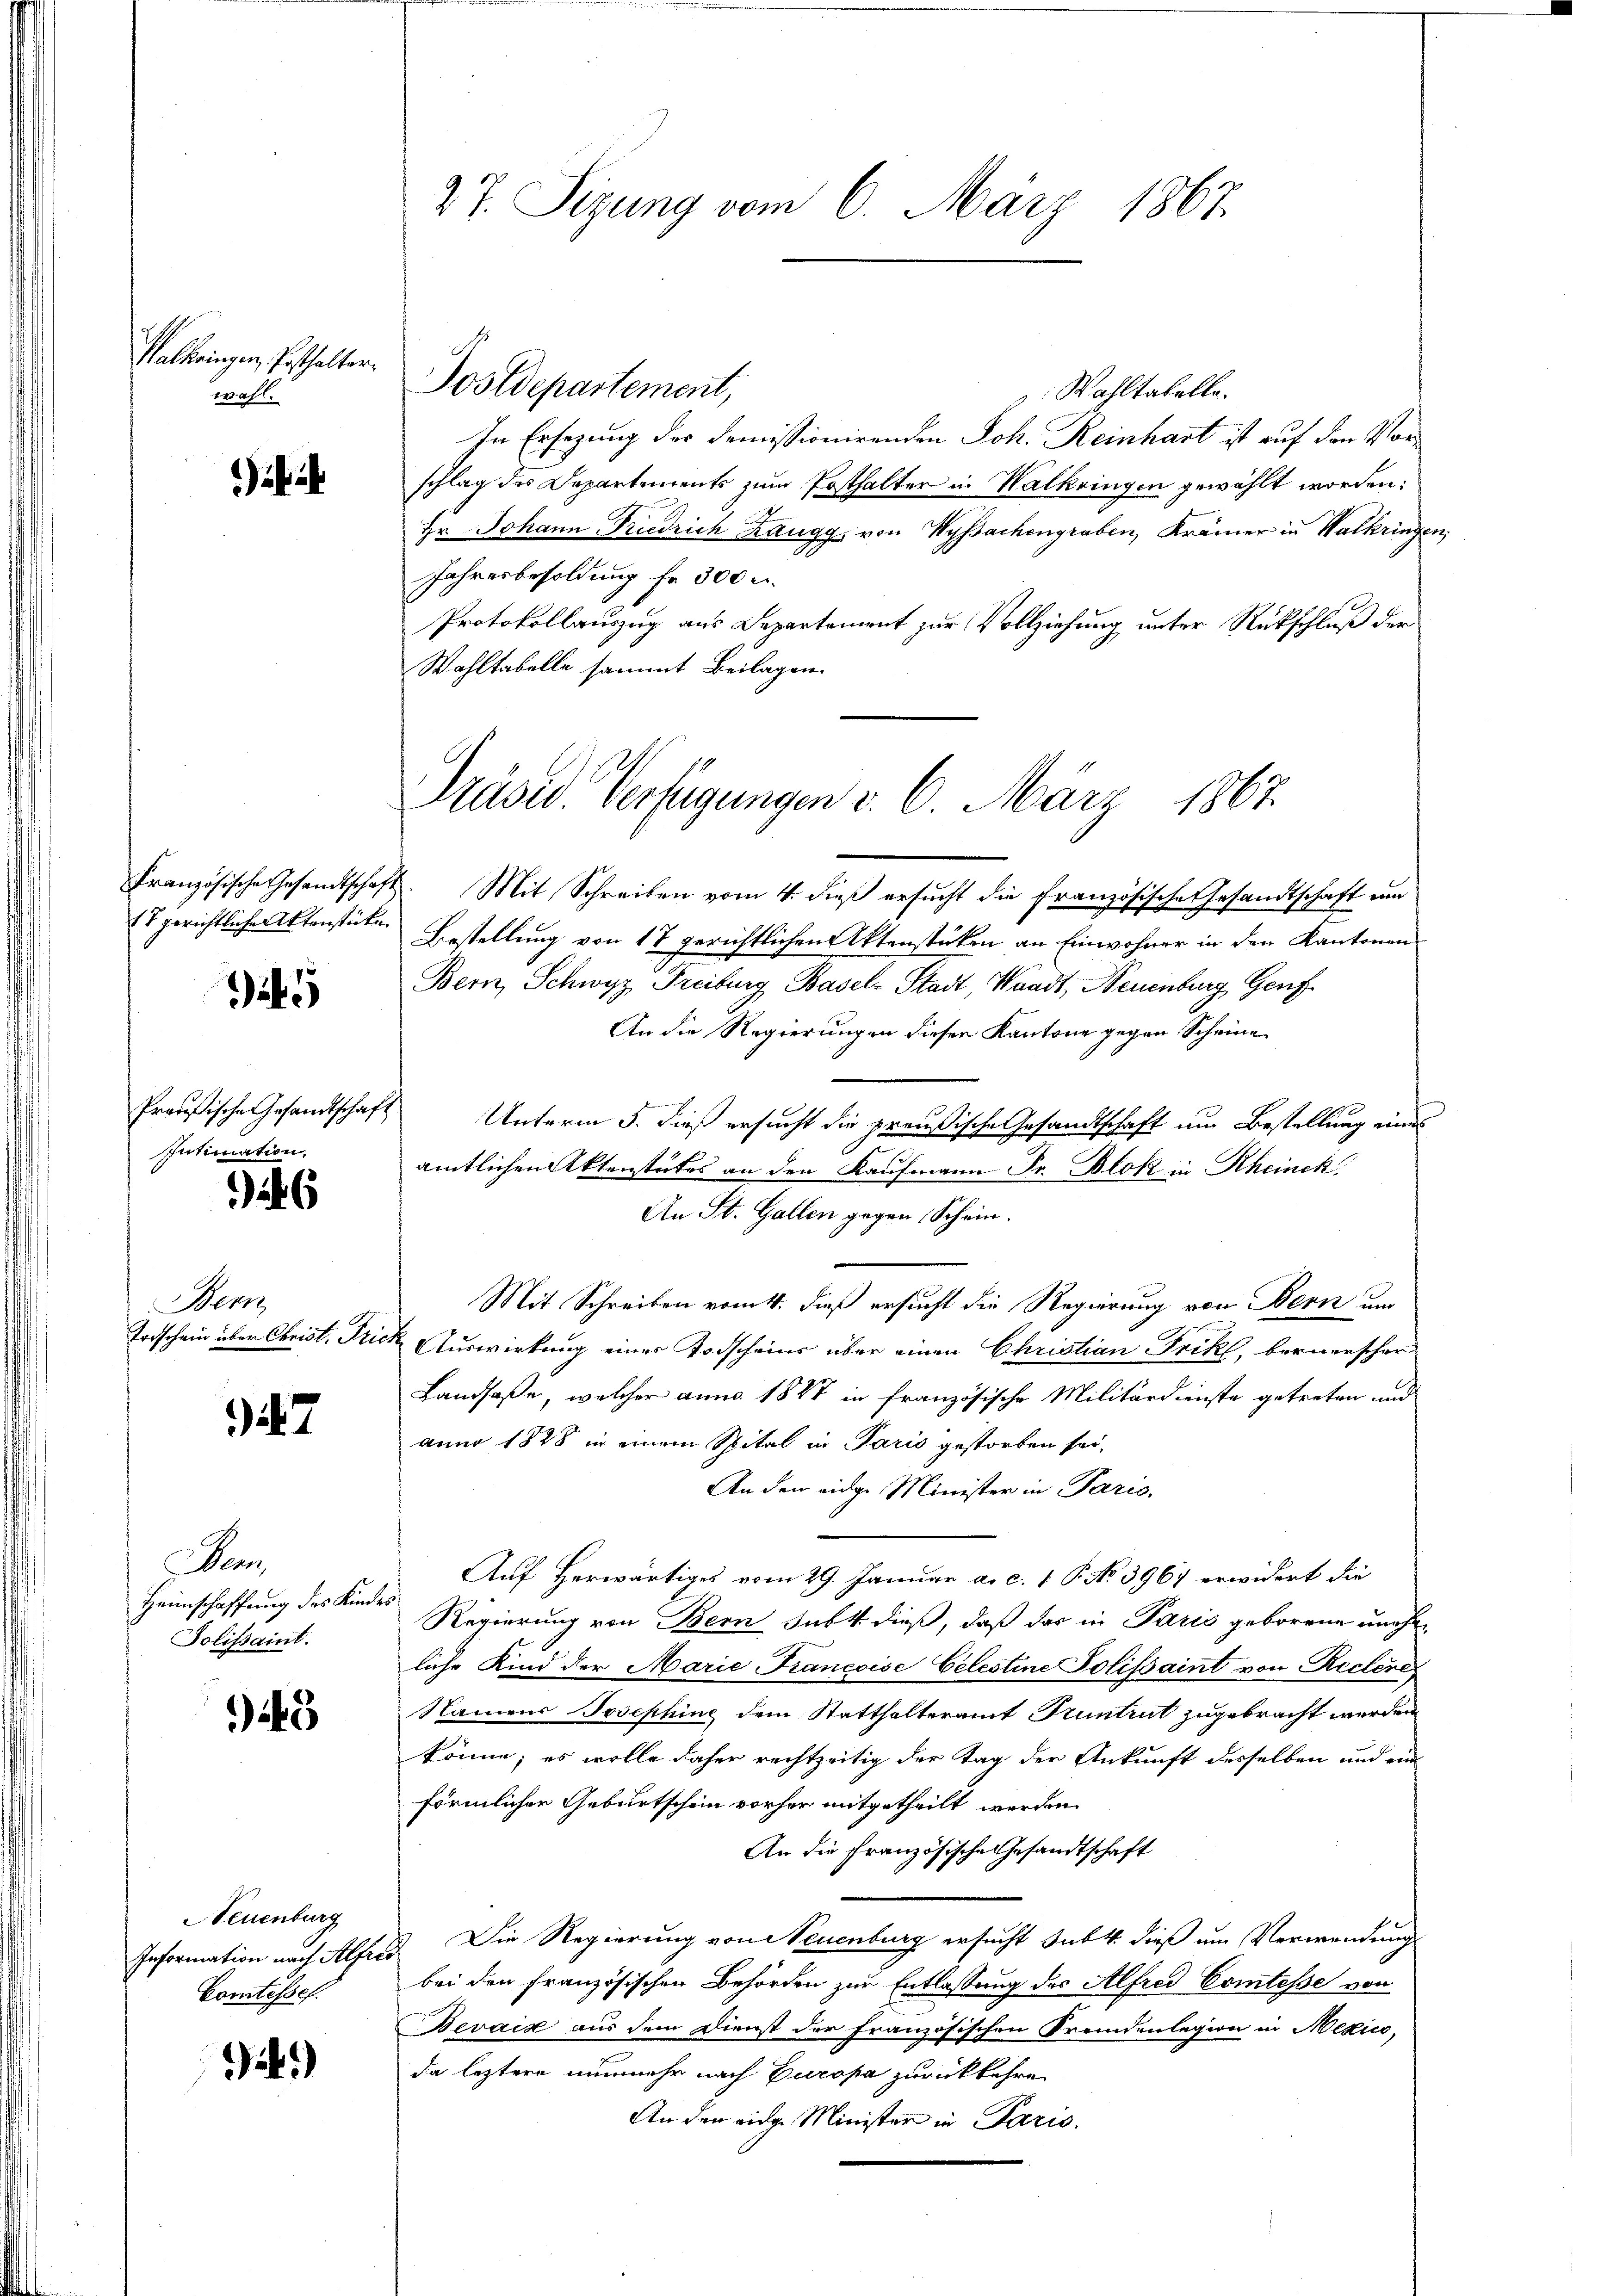
Palbringen, Pesthalter.
wahl.

Französische Gesandtschaft
Es gerichtliche Aktenstücken

5

Preußische Gesandtschaft
Intimation,

6

Bern
Todschein über Christ. Fric

). 7

Dan
Heimschaffung des Kinder
Tolissaint.

43

Neuenburg
Information nach Alfre
Comtesse.

i.)

27. Sizung vom 6. März 1867.

Wahltatelle.
In Ersezung der Demissionirenden Joh. Reinhart ist auf den Vorschlag des Departements zum Posthalter in Halkringen gewählt worden:
Hr. Johann Friedrich Zangg, von Wyssachengraben, Krämer in Walkringen,
Jahresbesoldung fr. 300 u.
Protokollauszug aus Departement zur Vollziehung unter Rückschluß der
Wohltabelle sammt Beilagen.

Jostdepartement,

Präsid. Verfügungen v. 6. März 1867

Mit Schreiben vom 4. dieß ersucht die französische Gesandtschaft um
Bestellung von 17 gerichtlichen Aktenstücken an Einwohner in den Kantonen
Bern, Schwyz Freiburg Basel-Stadt, Waadt, Neuenburg, Genf
An die Regierungen dieser Kantone gegen Scheine
Unterm 5. dieß ersucht die preußische Gesandtschaft um Bestellung eines
amtlichen Aktenstückes an den Kaufmann Fr. Blok in Rheinck.
An St. Gallen gegen Schein.
Mit Schreiben vom 4. dieß ersucht die Regierung von Bern und
Auswirkung einer Todscheins über einen Christian Frik, bernerscher
Landfaße, welcher anno 1847 in französische Militärdienste getreten und
anno 1878 in einem Spital in Paris gestorben sei,
An den eidge Minister in Paris,
Auf herwärtiges vom 29. Januar a. c. 1 P. No 3967 erwidert die
Regierung von Bern subt dieß, daß das in Paris geborene uneheliche Kind der Marie Francoise Celestine Polissaint von Rechere
Namens Josephine dem Statthalteramt Pruntrut zugebracht werden
könne; es wolle daher rechtzeitig der Tag der Ankunft desselben und ein
förmlichen Geburtschein vorher mitgetheilt werden
An die französische Gesandtschaft
3. Die Regierung von Neuenburg ersucht sabt. dieß um Verwendung
bei den französischen Behörden zur Entlassung des Alfred Comtesse von
Bevais aus dem Dienst der französischen Fremdenlegion in Mekico,
da leztere nunmehr nach Europa zurückkehre
An den eidge Minister in Paris.